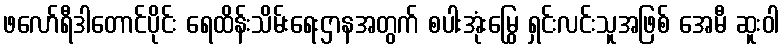
ဖလော်ရီဒါတောင်ပိုင်း ရေထိန်းသိမ်းရေးဌာနအတွက် စပါးအုံးမြွေ ရှင်းလင်းသူအဖြစ် အေမီ ဆူးဝါ